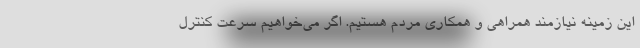
این زمینه نیازمند همراهی و همکاری مردم هستیم. اگر می‌خواهیم سرعت کنترل